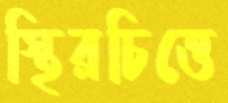
স্থিরচিত্তে